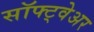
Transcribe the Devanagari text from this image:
सॉफ्ट्वेअर